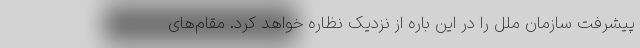
پیشرفت سازمان ملل را در این باره از نزدیک نظاره خواهد کرد. مقام‌های